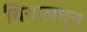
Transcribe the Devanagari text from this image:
बियामधून